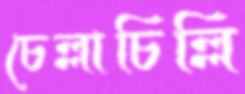
চেল্লাচিল্লি